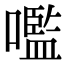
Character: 嚂